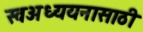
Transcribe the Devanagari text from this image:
स्वअध्ययनासाठी